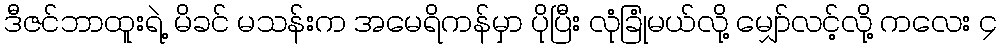
ဒီဇင်ဘာထူးရဲ့ မိခင် မသန်းက အမေရိကန်မှာ ပိုပြီး လုံခြုံမယ်လို့ မျှော်လင့်လို့ ကလေး ၄